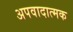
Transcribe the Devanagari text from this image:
अपवादात्मक